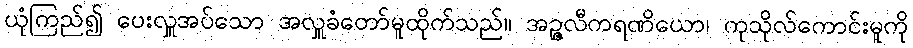
ယုံကြည်၍ ပေးလှူအပ်သော အလှူခံတော်မူထိုက်သည်။ အဉ္ဇလီကရဏိယော၊ ကုသိုလ်ကောင်းမူကို